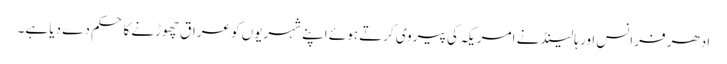
ادھر فرانس اور ہالینڈ نے امریکہ کی پیروی کرتے ہوئے اپنے شہریوں کو عراق چھوڑنے کا حکم دے دیا ہے۔